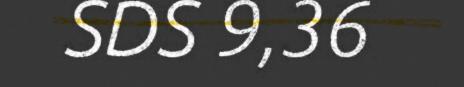
SDS 9,36